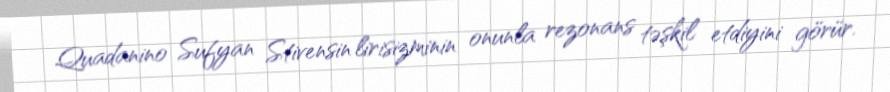
Quadanino Sufyan Stivensin lirisizminin onunla rezonans təşkil etdiyini görür.